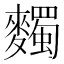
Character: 𪍹